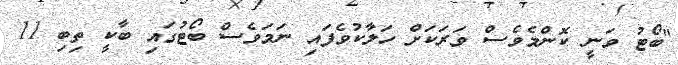
"ބޯޓު ވަނީ ކޮންމެވެސް ވަރަކަށް ހަލާކުވެފައި ނަމަވެސް ބޯޓުގައި ބާކީ ތިބި 11